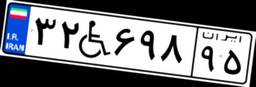
۳۲W۶۹۸۹۵